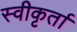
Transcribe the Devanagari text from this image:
स्वीकृर्ता